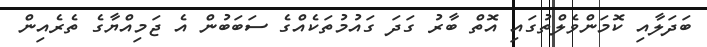
ބަދަލާއި ކޮމަންވެލްތުގައި އޮތް ބާރު ގަދަ ގައުމުތަކެއްގެ ސަބަބުން އެ ޖަމިއްޔާގެ ތެރެއިން